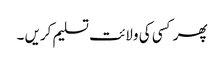
پھر کسی کی ولائت تسلیم کریں ۔